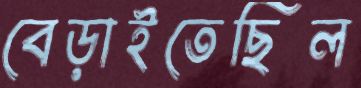
বেড়াইতেছিল